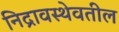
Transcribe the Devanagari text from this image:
निद्रावस्थेवतील